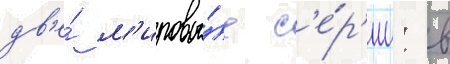
дв'е́ м'ировы́е с'е́р'ии: в